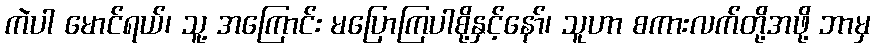
ကဲပါ မောင်ရယ်၊ သူ့ အကြောင်း မပြောကြပါစို့နှင့်နော်၊ သူဟာ စကားလက်တို့အဖို့ ဘာမှ